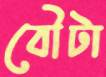
বৌটা